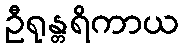
ဦရုန္တရိကာယ